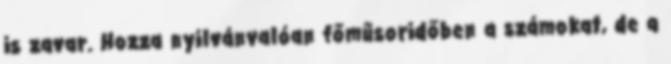
is zavar. Hozza nyilvánvalóan főműsoridőben a számokat, de a